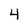
Character: 4